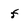
Character: f